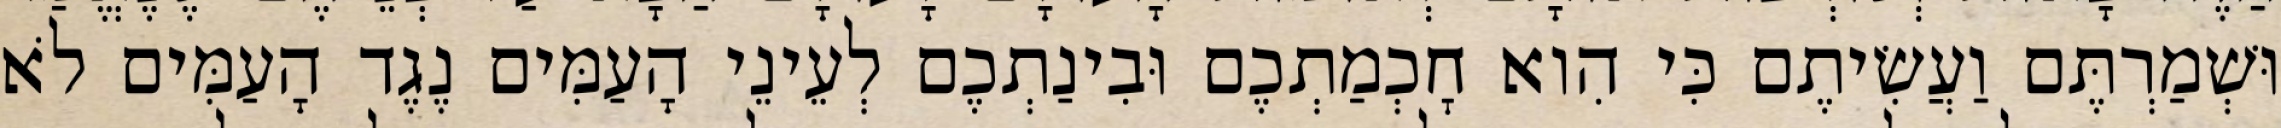
וּשְׁמַרְתֶּם וַעֲשִׂיתֶם כִּי הִוא חׇכְמַתְכֶם וּבִינַתְכֶם לְעֵינֵי הָעַמִּים נֶגֶד הָעַמִּים לֹא